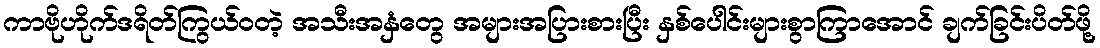
ကာဗိုဟိုက်ဒရိတ်ကြွယ်ဝတဲ့ အသီးအနှံတွေ အများအပြားစားပြီး နှစ်ပေါင်းများစွာကြာအောင် ချက်ခြင်းပိတ်ဖို့